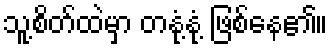
သူ့စိတ်ထဲမှာ တနုံ့နုံ့ ဖြစ်နေ၏။